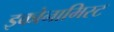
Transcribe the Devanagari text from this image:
इकोनामिस्ट